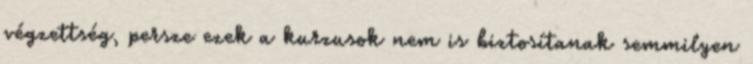
végzettség, persze ezek a kurzusok nem is biztosítanak semmilyen